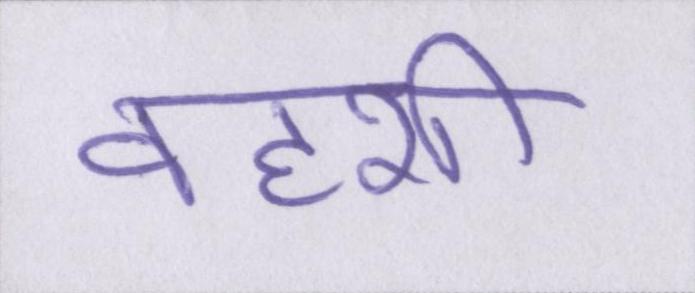
वहशी